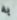
به